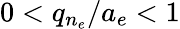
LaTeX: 0<q_{n_{e}}/a_{e}<1